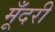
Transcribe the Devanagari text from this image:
मूँदरी